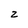
Character: z